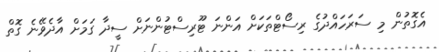
އެގޮތުން މި ސަރަހައްދުގެ ރިސޯޓްތަކަށް އަންނަ ޓޫރިސްޓުންނަށް ސީދާ ގަމަށް އާދެވޭނެ ގޮތް